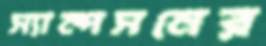
স্যাম্পসনের